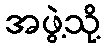
အဖွဲ့သို့